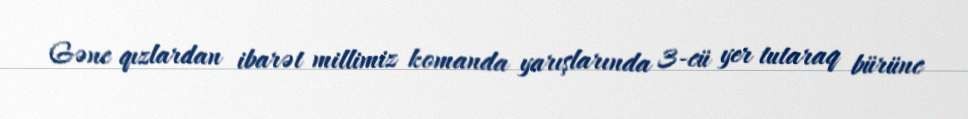
Gənc qızlardan ibarət millimiz komanda yarışlarında 3-cü yer tutaraq bürünc